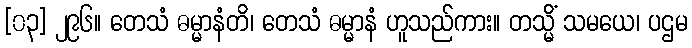
[၀၃] ၂၉၆။ တေသံ ဓမ္မာနံတိ၊ တေသံ ဓမ္မာနံ ဟူသည်ကား။ တသ္မိံ သမယေ၊ ပဌမ